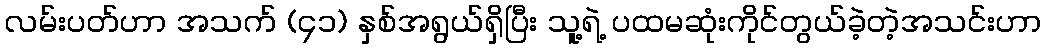
လမ်းပတ်ဟာ အသက် (၄၁) နှစ်အရွယ်ရှိပြီး သူ့ရဲ့ ပထမဆုံးကိုင်တွယ်ခဲ့တဲ့အသင်းဟာ